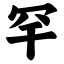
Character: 罕